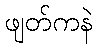
ဖျတ်ကနဲ